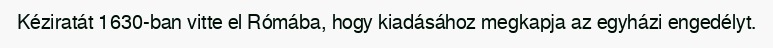
Kéziratát 1630-ban vitte el Rómába, hogy kiadásához megkapja az egyházi engedélyt.